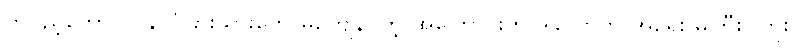
တပည့်တော်။ ။ နိုင်ငံခြားသားတွေ မကျေနပ်တဲ့ အကြောင်းက ဒါလောက် အရေး မကြီးပါဘူး